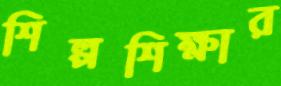
শিল্পশিক্ষার